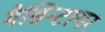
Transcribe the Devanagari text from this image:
मैसिन्टायर